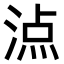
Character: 𣸾